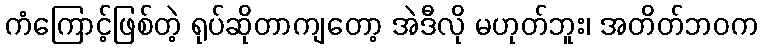
ကံကြောင့်ဖြစ်တဲ့ ရုပ်ဆိုတာကျတော့ အဲဒီလို မဟုတ်ဘူး၊ အတိတ်ဘဝက